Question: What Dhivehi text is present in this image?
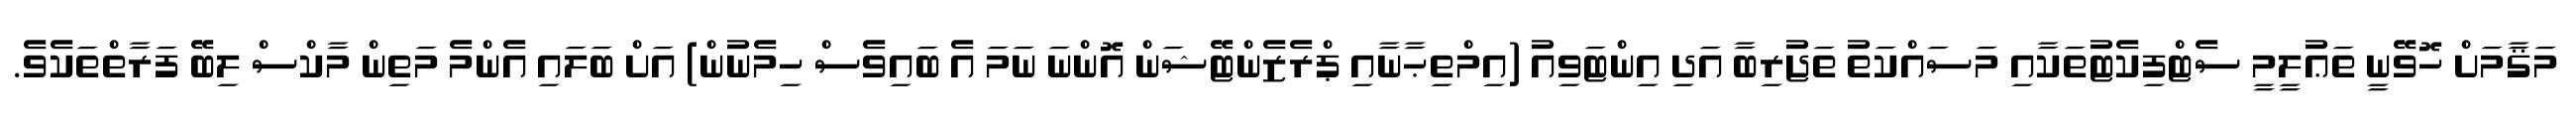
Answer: މަޤާމަށް ހޮވޭނީ ތަޢުލީމީ ސެޓްފިކެޓުތަކާއި މަސައްކަތު ތަޖުރިބާ އަދި އިންޓަވިއު (އިމްތިޙާނާއި ޕްރެޒެންޓޭޝަން އޮންނަ ނަމަ އެ ބައިވެސް ހިމެނުން) އަށް ބަލައި އެންމެ މަތިން މާކްސް ލިބޭ ފަރާތްތަކެވެ.